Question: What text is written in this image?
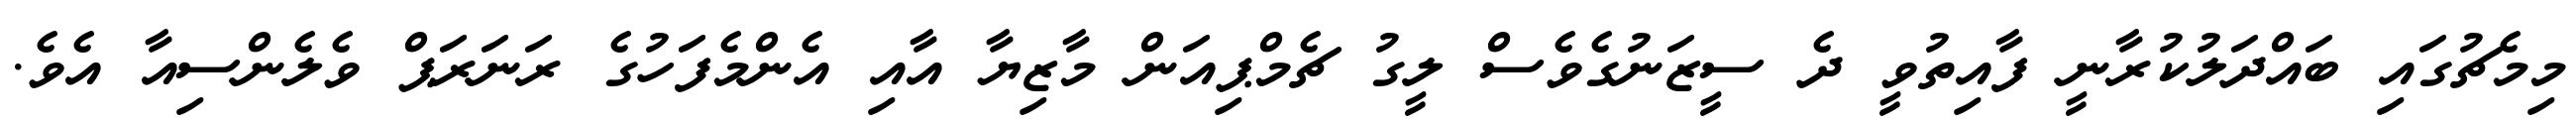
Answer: މިމެޗުގައި ބައްދަލުކުރާނީ ފާއިތުވީ ދެ ސީޒަނުގެވެސް ލީގު ޗެމްޕިއަން މާޒިޔާ އާއި އެންމެފަހުގެ ރަނަރަޕް ވެލެންސިއާ އެވެ.